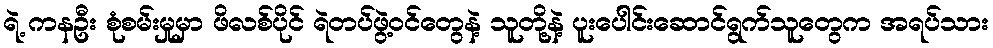
ရဲ့ ကနဦး စုံစမ်းမှုမှာ ဖိလစ်ပိုင် ရဲတပ်ဖွဲ့ဝင်တွေနဲ့ သူတို့နဲ့ ပူးပေါင်းဆောင်ရွက်သူတွေက အရပ်သား